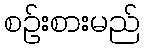
စဉ်းစားမည်